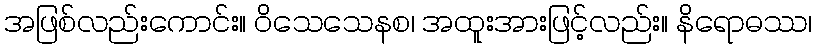
အဖြစ်လည်းကောင်း။ ဝိသေသေနစ၊ အထူးအားဖြင့်လည်း။ နိရောဓဿ၊